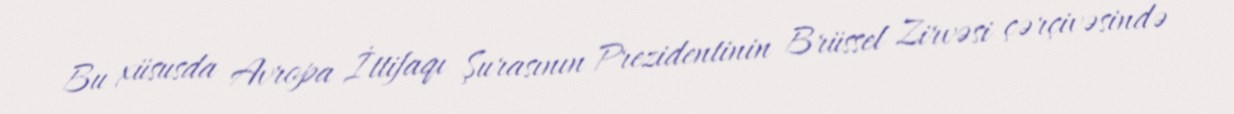
Bu xüsusda Avropa İttifaqı Şurasının Prezidentinin Brüssel Zirvəsi çərçivəsində